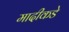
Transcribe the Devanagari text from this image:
मादीकडे